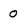
Character: 0